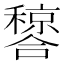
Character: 𬔂